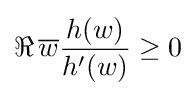
\Re \,{\overline {w}}{h(w) \over h^{\prime }(w)}\geq 0